Medical and sanitary report of the native army of Bengal for the year
Year: 1877
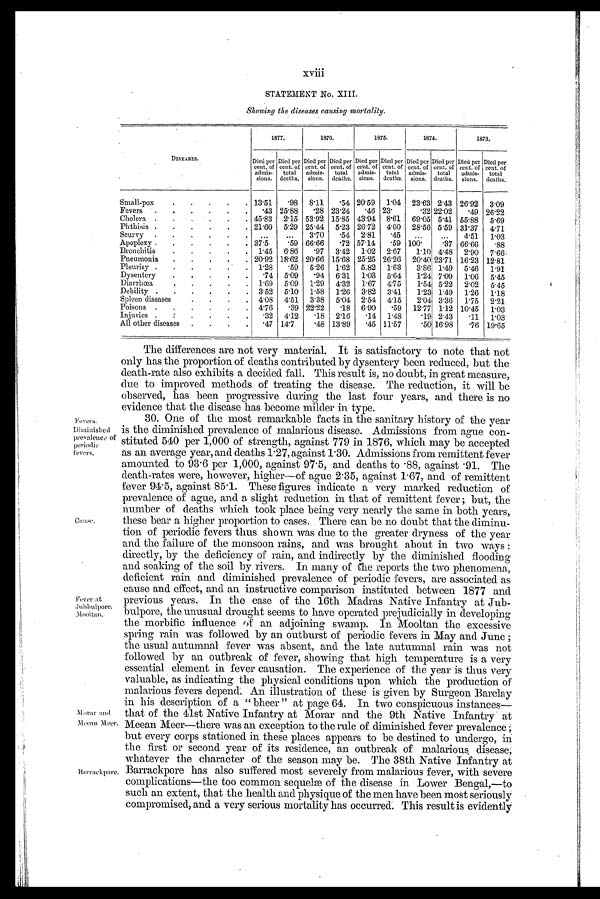
xviii
STATEMENT No. XIII.
Showing the diseases causing mortality.
DISEASES.
1877.
1876.
1875.
1874.
1873.
Died per
cent. of
admis-
sions.
Died per
cent. of
total
deaths,
Died per
cent. of
admis-
sions.
Died per
cent. of
total
deaths.
Died per
cent. of
admis-
sions.
Died per
cent. of
total
deaths.
Died per
cent. of
admis-
sions.
Died per
cent. of
total
deaths.
Died per
cent. of
admis-
sions.
Died per
cent. of
total
deaths.
Small-pox
13.51
.98 8.11
.54 20.59 1.04 23.63 2.43 26.92 3.09
Fevers
.43 25.88
.28 23.24
.46 2 3 .
.32 22.02
.49 26.22
Cholera
45.83 2.15 53.92 15.85 43.94 8.61 69.05 5.41 55.88 5.69
Phthisis
21.60 5.29 25.44 5.23 26.72 4.60 28.56 5.59 31.37
4 . 7 1
Scurvy
...
...
3.70
.54 2.81
.45
...
...
4.51
1.03
Apoplexy
37.5
.59 66.66
. 7 2 57.14
.59
1 0 0 .
. 3 7 66.66
.88
Bronchitis
1.45 6.86
.97 3.42 1.02 2.67
1.10 4.48 2.90 7.66
Pneumonia
20.92 18.62 20.66 15.68 25.25 26.26 20.40 23.71 16.23 12.81
Pleurisy
1.28
.59 5.26 1.62 5.82 1.63
3 . 8 6
1 . 4 9 5.46 1.91
Dysentery
.74 5.09
.94 6.31 1.03 5.64
1.24 7.09 1.06 5.45
Diarrhoea
1.69
5 . 0 9 1.29 4.32 1.67
4 . 7 5
1.54 5.22 2.02 5.45
Debility
3.52 5.10 1.58 1.26 3.82 3.41
1.23 1.49 1.26 1.18
Spleen diseases
4.08 4.51 3.38 5.04 2.54 4.15
2.04 3.36 1.75 2.21
Poisons
4.76
.39 22.22
.18 6.90
.59 12.17 1.12 10.45
1.03
Injuries
.32 4.12
.18 2.16
.14 1.48
.19 2.43
.11
1.03
All other diseases
.47 14.7
.48 13.89
.45 11.57
.50 16.98
.76 19.65
Fevers.
Diminished
prevalence of
periodic
revers.
Fever at Jubbulpore.
Mooltan.
Morar and Meean Meer.
Barrackpore.
The differences are not very material. It is satisfactory to note that not
only has the proportion of deaths contributed by dysentery been reduced, but the
death-rate also exhibits a decided fall. This result is, no doubt, in great measure,
due to improved methods of treating the disease. The reduction, it will be
observed, has been progressive during the last four years, and there is no
evidence that the disease has become milder in type.
30. One of the most remarkable facts in the sanitary history of the year
is the diminished prevalence of malarious disease. Admissions from ague con-
stituted 540 per 1,000 of strength, against 779 in 1876, which may be accepted
as an average year, and deaths 1.27, against 1.30. Admissions from remittent fever
amounted to 93.6 per 1,000, against 97.5, and deaths to .88 , against .91. The
death-rates were, however, higher—of ague 2.35, against 1.67, and of remittent
fever 94.5, against 85.1. These figures indicate a very marked reduction of
prevalence of ague, and a slight reduction in that of remittent fever ; but, the
number of deaths which took place being very nearly the same in both years,
these bear a higher proportion to cases. There can be no doubt that the diminu-
tion of periodic fevers thus shown was due to the greater dryness of the year
and the failure of the monsoon rains, and was brought about in two ways :
directly, by the deficiency of rain, and indirectly by the diminished flooding
and soaking of the soil by rivers. In many of the reports the two phenomena,
deficient rain and diminished prevalence of periodic fevers, are associated as
cause and effect, and an instructive comparison instituted between 1877 and
previous years. In the case of the 16th Madras Native Infantry at Jub-
bulpore, the unusual drought seems to have operated prejudicially in developing
the morbific influence of an adjoining swamp. In Mooltan the excessive
spring rain was followed by an outburst of periodic fevers in May and June ;
the usual autumnal fever was absent, and the late autumnal rain was not
followed by an outbreak of fever, showing that high temperature is a very
essential element in fever causation. The experience of the year is thus very
valuable, as indicating the physical conditions upon which the production of
malarious fevers depend. An illustration of these is given by Surgeon Barclay
in his description of a " bheer " at page 64. In two conspicuous instances
— that of the 41st Native Infantry at Morar and the 9th Native Infantry at
Meean Meer—there was an exception to the rule of diminished fever prevalence
; but every corps stationed in these places appears to be destined to undergo, in
the first or second year of its residence, an outbreak of malarious disease,
whatever the character of the season may be. The 38th Native Infantry at
Barrackpore has also suffered most severely from malarious fever, with severe
complications—the too common sequels of the disease in Lower Bengal,—to
such an extent, that the health and physique of the men have been most seriously
compromised, and a very serious mortality has occurred. This result is evidently